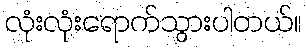
လုံးလုံးရောက်သွားပါတယ်။